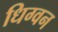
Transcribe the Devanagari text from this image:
धिग्वन